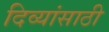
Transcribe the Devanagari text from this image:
दिव्यांसाठी